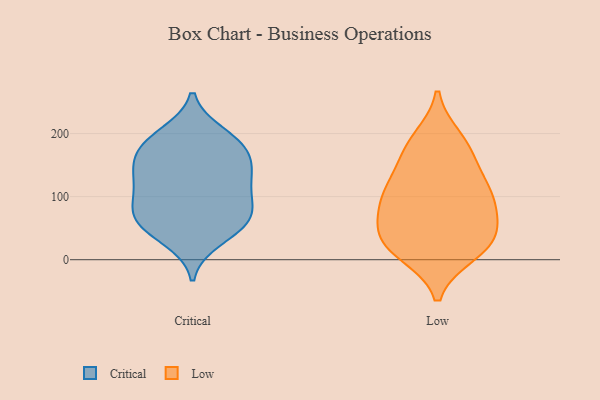
{"axis": {"x": "Shipments", "y": "Value"}, "legend": ["Critical", "Low"], "data": [{"x": "", "y": 192, "type": "Critical"}, {"x": "", "y": 130, "type": "Critical"}, {"x": "", "y": 79, "type": "Critical"}, {"x": "", "y": 80, "type": "Critical"}, {"x": "", "y": 199, "type": "Critical"}, {"x": "", "y": 119, "type": "Critical"}, {"x": "", "y": 112, "type": "Critical"}, {"x": "", "y": 55, "type": "Critical"}, {"x": "", "y": 175, "type": "Critical"}, {"x": "", "y": 157, "type": "Critical"}, {"x": "", "y": 182, "type": "Critical"}, {"x": "", "y": 32, "type": "Critical"}, {"x": "", "y": 50, "type": "Critical"}, {"x": "", "y": 135, "type": "Critical"}, {"x": "", "y": 79, "type": "Critical"}, {"x": "", "y": 156, "type": "Critical"}, {"x": "", "y": 61, "type": "Critical"}, {"x": "", "y": 32, "type": "Low"}, {"x": "", "y": 125, "type": "Low"}, {"x": "", "y": 99, "type": "Low"}, {"x": "", "y": 99, "type": "Low"}, {"x": "", "y": 38, "type": "Low"}, {"x": "", "y": 166, "type": "Low"}, {"x": "", "y": 191, "type": "Low"}, {"x": "", "y": 17, "type": "Low"}, {"x": "", "y": 111, "type": "Low"}, {"x": "", "y": 83, "type": "Low"}, {"x": "", "y": 177, "type": "Low"}, {"x": "", "y": 11, "type": "Low"}, {"x": "", "y": 30, "type": "Low"}, {"x": "", "y": 61, "type": "Low"}]}